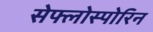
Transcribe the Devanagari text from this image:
सेफ्लोस्पोरिन